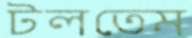
টলতেম